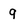
Character: 9